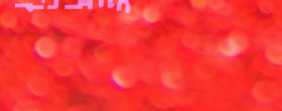
خدمات السباكة: إصلاح وصيا